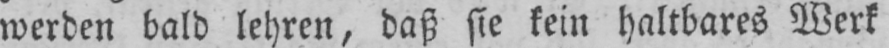
werden bald lehren, daß sie kein haltbares Werk